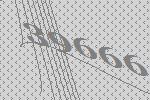
39666